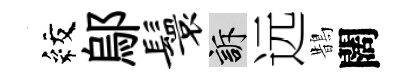
紋鄔鬟訴远鵲闊